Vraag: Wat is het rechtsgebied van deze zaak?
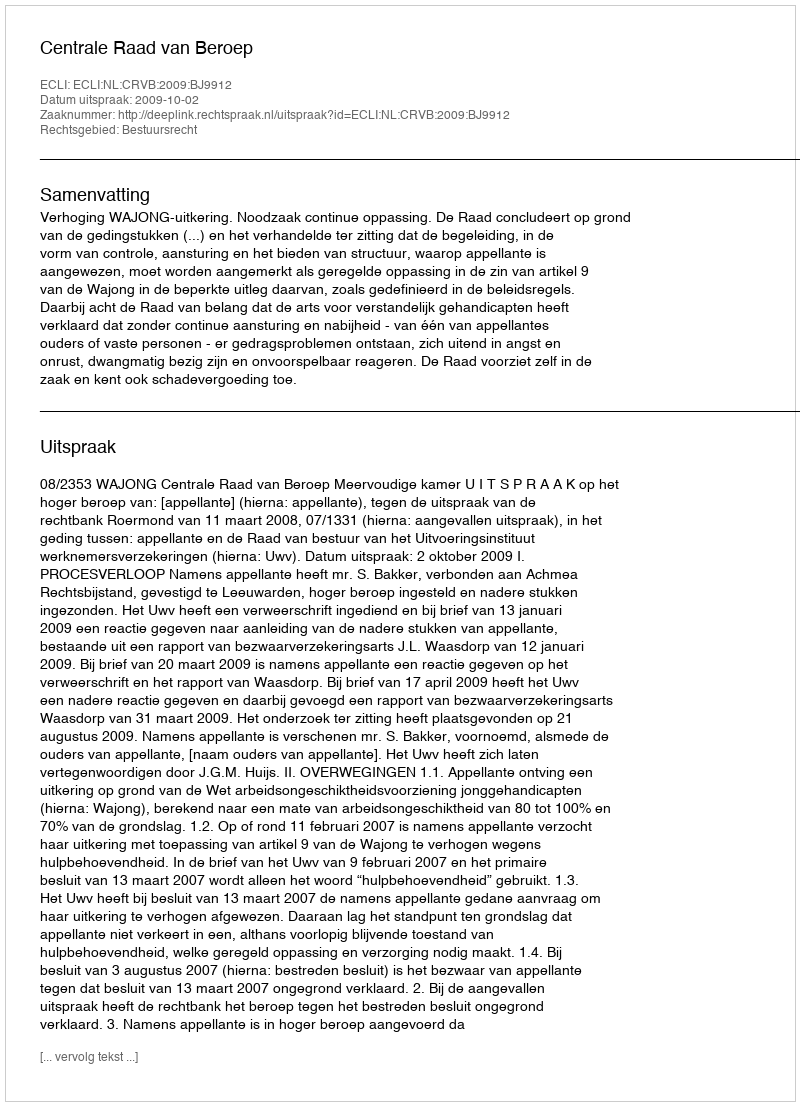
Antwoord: Bestuursrecht